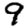
Digit: 9